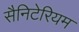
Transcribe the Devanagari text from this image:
सैनिटेरियम